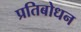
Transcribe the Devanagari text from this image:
प्रतिबोधन